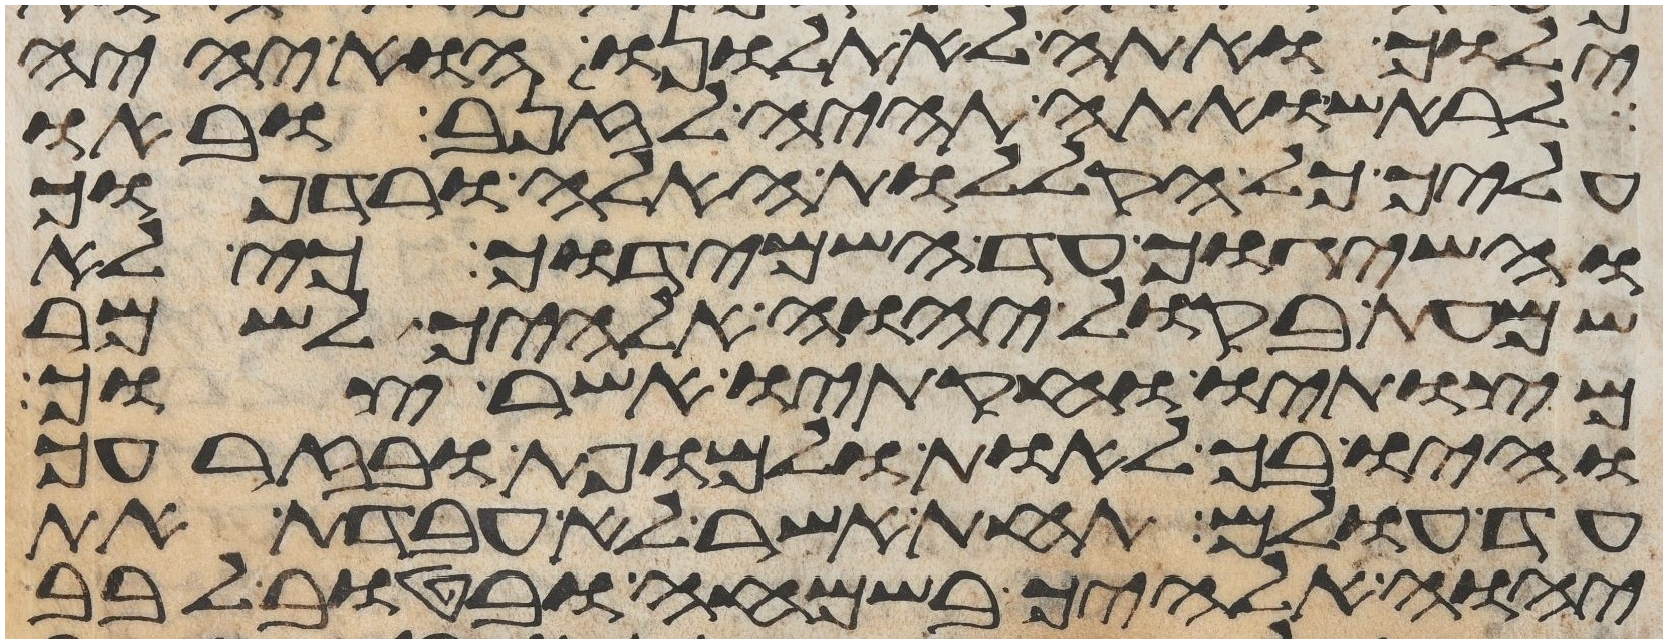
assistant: ילוך ואתה לא תלונו הוא יהיה
לראש ואתה תהיה לזנב ובאו
עליך כל הקללות האלה ורדפוך
והשיגוך עד השמידוך כי לא
שמעת בקול יהוה אלהיך לשמר
מצותיו וחקתיו אשר צוך
והיו בך לאות ולמופת ובזרעך
עד עולם תחת אשר לא עבדת את
יהוה אלהיך בשמחה ובטוב לבב